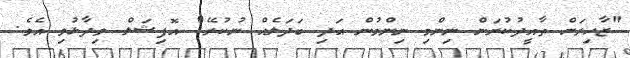
"ޒާހިރަށް ތާއީދުކުރަން ނިންމި ނިންމުން އަދި ބަދަލެއް ނުކުރޭ" އޮފިޝަލް ވިދާޅުވި އެވެ.